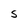
Character: s